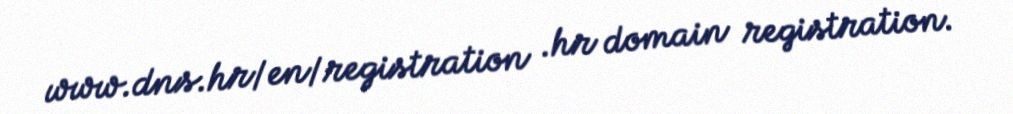
www.dns.hr/en/registration .hr domain registration.